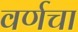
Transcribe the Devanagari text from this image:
वर्णचा